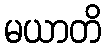
မယာတိ